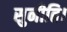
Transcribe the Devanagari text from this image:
सुनीति।